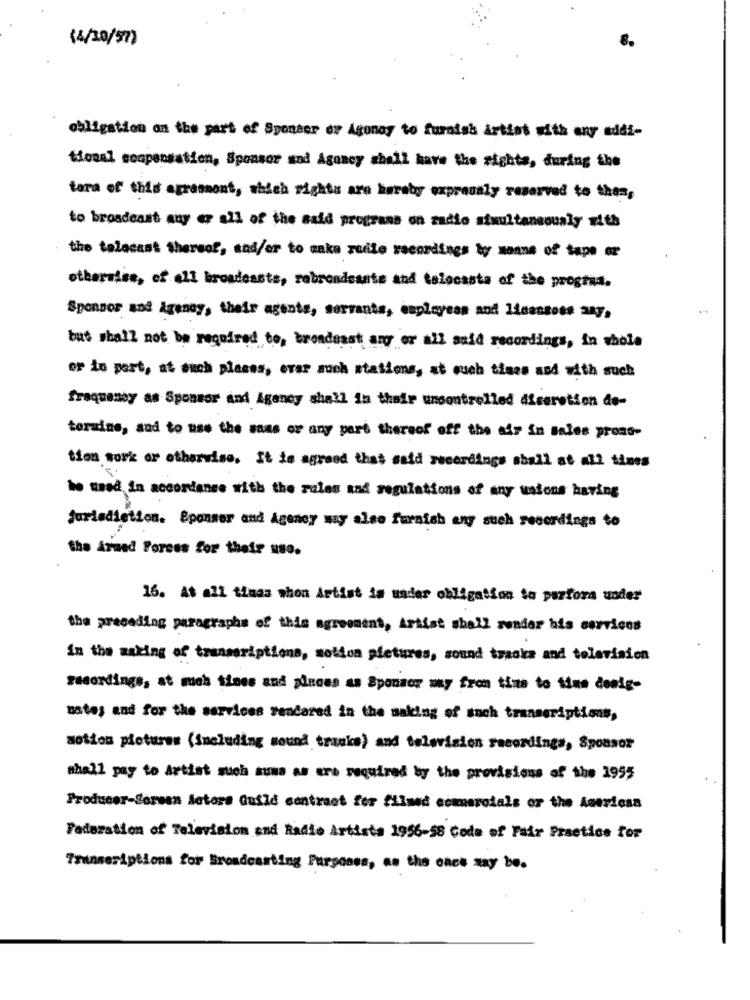
(4/10/57)
obligation on the part of Sponsor er Agonoy to furnish artist with any addi-
tional compensation, Sponsor sod Agency shall have the sights, during the
tara of this agreement, which rights are hereby expressly reserved to this,
to broadcast any er all of the said programs on radio simultaneously with
the talecast thereof, and/or to unka zudie recordings ty sonne of tape or
otherwise, of ell broadessts, rabrondesate and telocasta of the prograa.
Sponsor and Agency, their agents, servants, caployeas and 14dansoss any,
but shall not be required to, broadeast any or all said recordings, in whole
or io port, at ouch places, ever much stations, at ouch times and with such
fraquansy as Sponsor and Agency shall in their uncontrolled Afceretion de-
toraine, and to use the sans or any part thereof off the air in sales prons-
tion work or otherwise. It ta agreed that said recordings aball at all times
be used in accordance with the rules and regulations of any usions having
Jurisdiction. Sponsor and Agency may also furnish any such recordings to
the Armed Forces for their use.
16. At all timas shon Artist is under obligation to parfora under
the preceding paragraphs of this agreement, Artist shall render his carvices
In the making of transcriptions, sottoa pfetures, sound tracks and television
recordings, at mah times and places as Sponsor my from time to time dealg-
mates and for the services rendered in the making of such transcriptions,
motion pictures (Sneluding sound tracks) and television recordings, Sponsor
shall pay to artist such auna as are required by the provisions of the 1995
Producer-Sorsan Motors Guild contract for filmed commercials or the American
Federation of Television and Radio Artists 1956-58 Code of Fair Practice for
Transeriptions for Broadcasting Purposes, as the once may be.